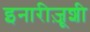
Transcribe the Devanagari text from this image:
इनारीज़ूशी